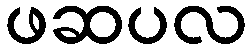
ဖဆပလ